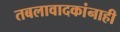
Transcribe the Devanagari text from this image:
तबलावादकांनाही